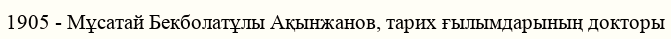
1905 - Мұсатай Бекболатұлы Ақынжанов, тарих ғылымдарының докторы